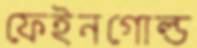
ফেইনগোল্ড